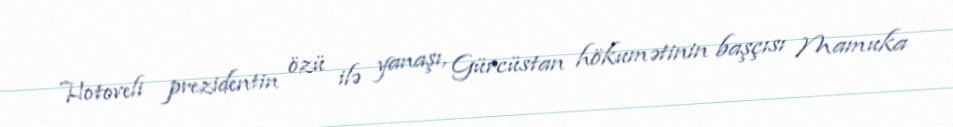
Hotoveli prezidentin özü ilə yanaşı, Gürcüstan hökumətinin başçısı Mamuka